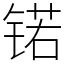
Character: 锘